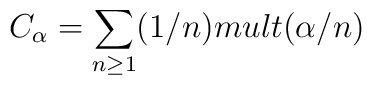
C_{\alpha} = \sum_{n \geq 1} (1/n) mult(\alpha/n)